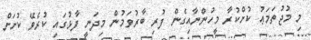
މި މުޖުތަމަޢު ކުށްކުރާ މީހުންނާއިގެން ފުރި ބާރުވަމުން މިދަނީ ފާޅުގައި ކުރެވޭ ކުށަށް